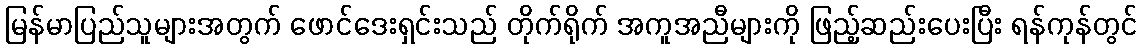
မြန်မာပြည်သူများအတွက် ဖောင်ဒေးရှင်းသည် တိုက်ရိုက် အကူအညီများကို ဖြည့်ဆည်းပေးပြီး ရန်ကုန်တွင်